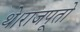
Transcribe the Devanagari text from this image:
थे।राजपूतो